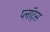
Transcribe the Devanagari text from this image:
प्लॉट्स